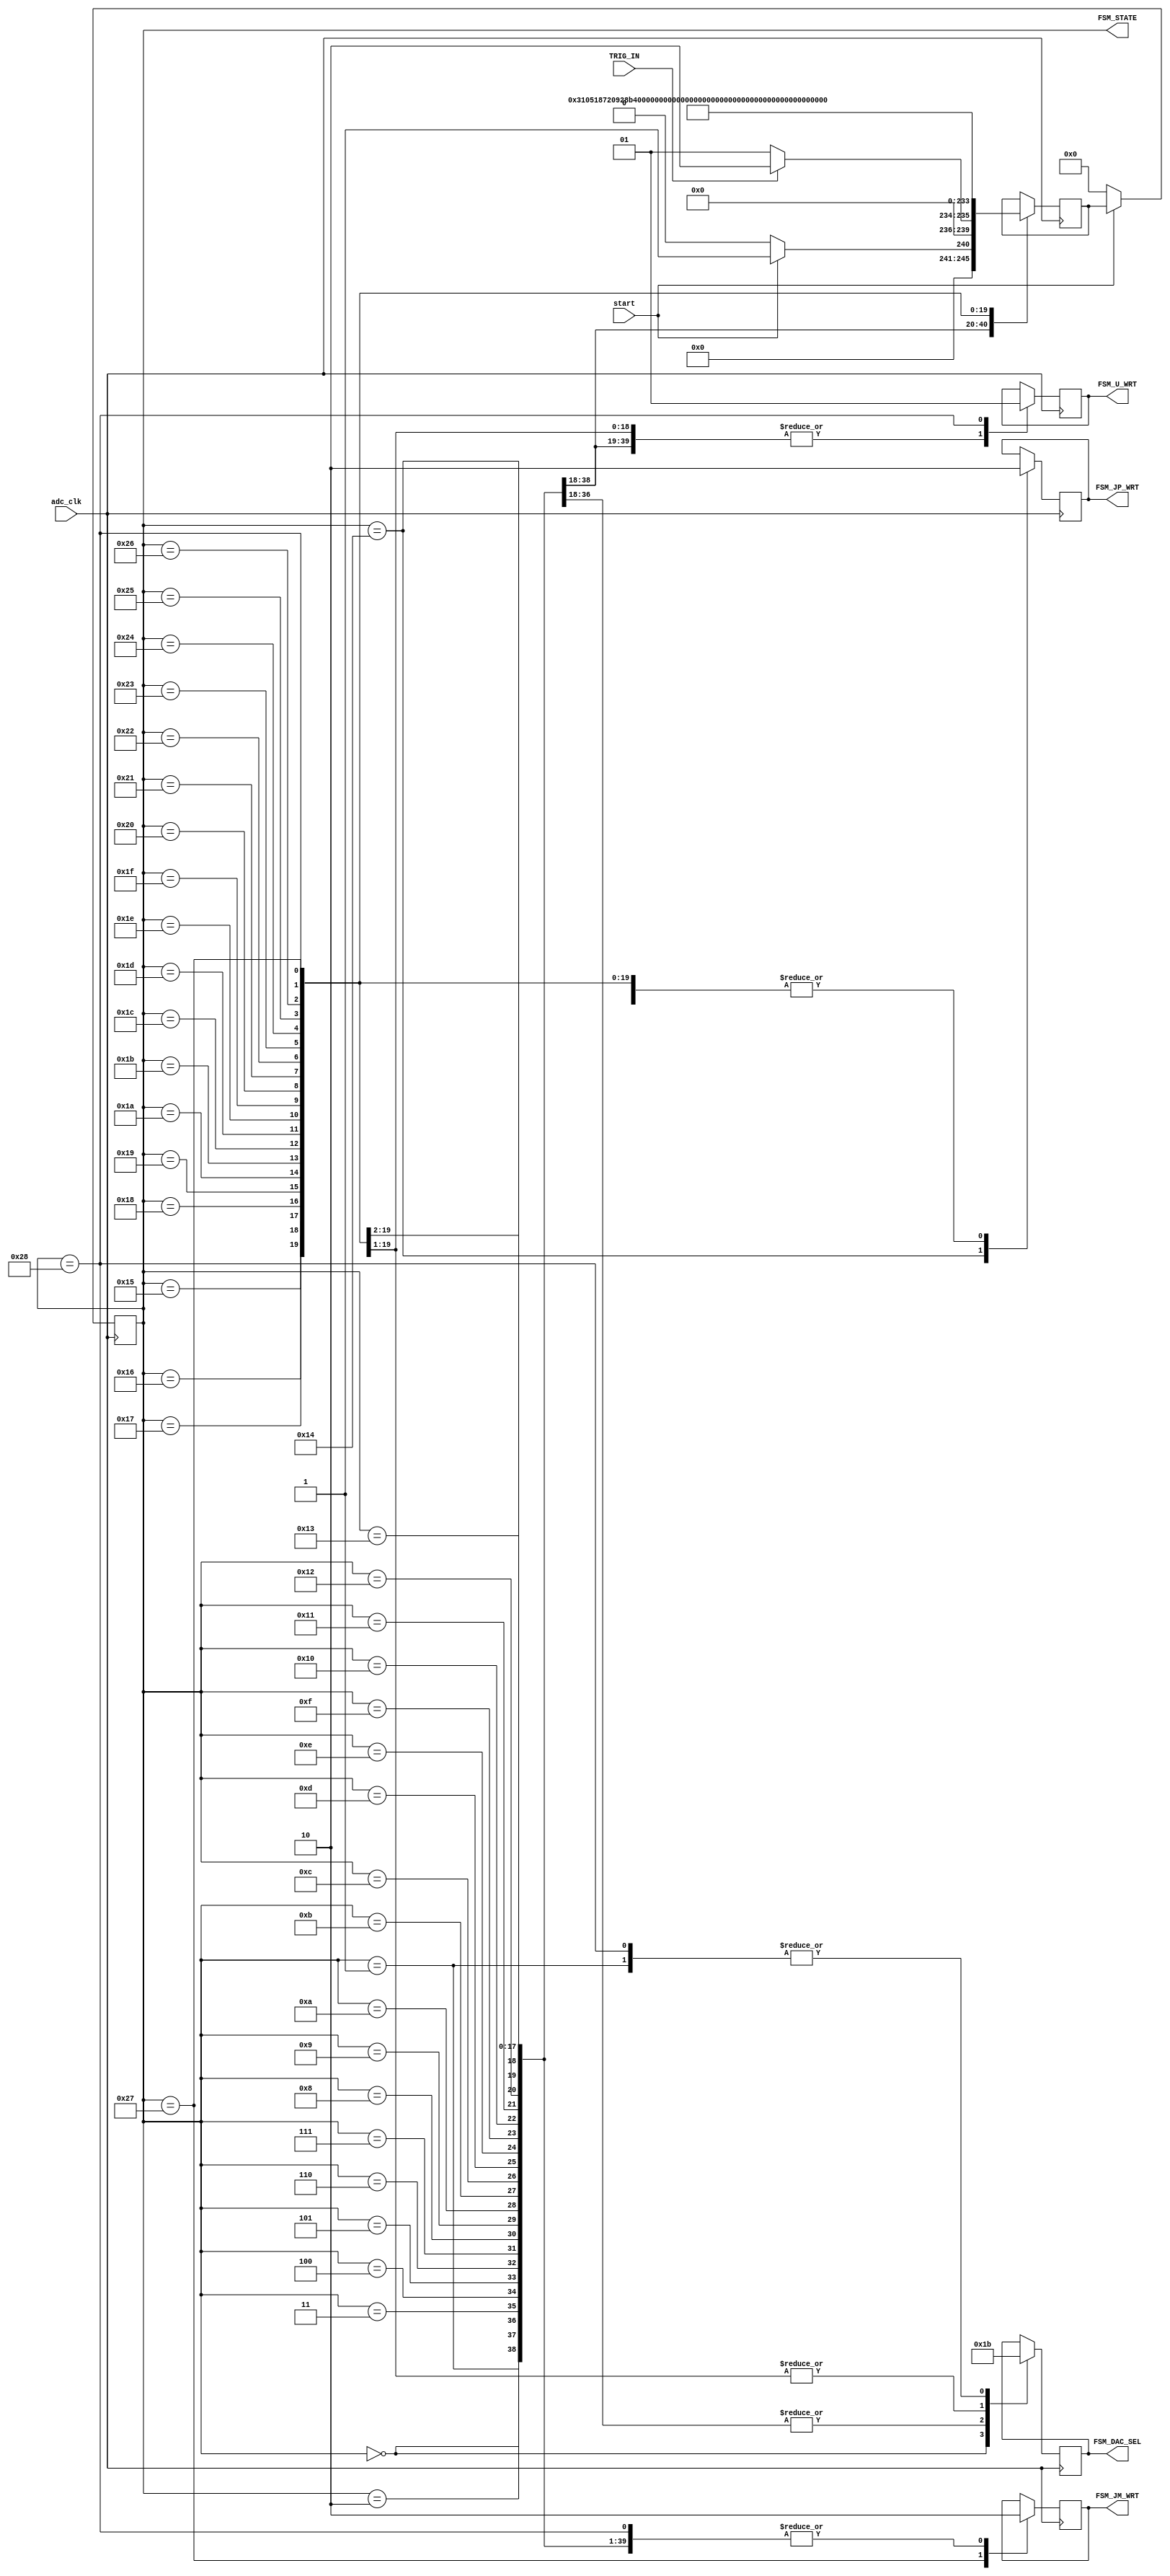
module new_FSM
(
    input wire TRIG_IN,
	input wire adc_clk,
	input wire start,
	output wire FSM_JP_WRT,
	output wire FSM_JM_WRT,
	output wire FSM_U_WRT,
	output wire [1:0] FSM_DAC_SEL,
	output wire [5:0] FSM_STATE
);

reg int_FSM_JP_WRT = 1'b0;
reg int_FSM_JM_WRT = 1'b0;
reg int_FSM_U_WRT = 1'b0;
reg [1:0] int_FSM_DAC_SEL = 2'b00;

reg [5:0] current_state;
reg [5:0] next_state;

assign FSM_STATE = current_state;
assign FSM_JP_WRT = int_FSM_JP_WRT;
assign FSM_JM_WRT = int_FSM_JM_WRT;
assign FSM_U_WRT = int_FSM_U_WRT;
assign FSM_DAC_SEL = int_FSM_DAC_SEL;


localparam [5:0]
	stopped = 6'b000000,
	trig_wait = 6'b000001,
	dac_wait_A_0 = 6'b000010,
	dac_wait_A_1 = 6'b000011,
	dac_wait_A_2 = 6'b000100,
	dac_wait_A_3 = 6'b000101,
	dac_wait_A_4 = 6'b000110,
	dac_wait_A_5 = 6'b000111,
	dac_wait_A_6 = 6'b001000,
	adc_wait_A_0 = 6'b001001,
	adc_wait_A_1 = 6'b001010,
	adc_wait_A_2 = 6'b001011,
	adc_wait_A_3 = 6'b001100,
	adc_wait_A_4 = 6'b001101,
	adc_wait_A_5 = 6'b001110,
	adc_wait_A_6 = 6'b001111,
	adc_wait_A_7 = 6'b010000,
	adc_wait_A_8 = 6'b010001,
	adc_wait_A_9 = 6'b010010,
	adc_wait_A_10 = 6'b010011,
	J_plus_write = 6'b010100,
	dac_wait_B_0 = 6'b010101,
	dac_wait_B_1 = 6'b010110,
	dac_wait_B_2 = 6'b010111,
	dac_wait_B_3 = 6'b011000,
	dac_wait_B_4 = 6'b011001,
	dac_wait_B_5 = 6'b011010,
	dac_wait_B_6 = 6'b011011,
	adc_wait_B_0 = 6'b011100,
	adc_wait_B_1 = 6'b011101,
	adc_wait_B_2 = 6'b011110,
	adc_wait_B_3 = 6'b011111,
	adc_wait_B_4 = 6'b100000,
	adc_wait_B_5 = 6'b100001,
	adc_wait_B_6 = 6'b100010,
	adc_wait_B_7 = 6'b100011,
	adc_wait_B_8 = 6'b100100,
	adc_wait_B_9 = 6'b100101,
	adc_wait_B_10 = 6'b100110,
	J_minus_write = 6'b100111,
	U_write = 6'b101000;	
	
	 
always @(posedge adc_clk)
begin
	if(~start)
	begin
		current_state <= stopped;
	end	
	else
	begin
		current_state <= next_state;
	end
end

always @(negedge adc_clk)
begin
	case (current_state)
		stopped: 
		begin
			int_FSM_JP_WRT = 1'b0;
			int_FSM_JM_WRT = 1'b0;
			int_FSM_U_WRT = 1'b0;
			int_FSM_DAC_SEL = 2'b00;
			if(start)
			begin
				next_state = trig_wait;
			end			
			else
			begin
				next_state = stopped;
			end		
		end
		trig_wait:
		begin
			int_FSM_JP_WRT = 1'b0;
			int_FSM_JM_WRT = 1'b0;
			int_FSM_U_WRT = 1'b0;
			int_FSM_DAC_SEL = 2'b11;
			if(TRIG_IN)
			begin
				next_state = dac_wait_A_0;
			end
			else
			begin
				next_state = trig_wait;
			end
		end
		dac_wait_A_0:
		begin
			int_FSM_JP_WRT = 1'b0;
			int_FSM_JM_WRT = 1'b0;
			int_FSM_U_WRT = 1'b0;
			int_FSM_DAC_SEL = 2'b01;
			next_state = dac_wait_A_1;
		end
		dac_wait_A_1:
		begin
			int_FSM_JP_WRT = 1'b0;
			int_FSM_JM_WRT = 1'b0;
			int_FSM_U_WRT = 1'b0;
			int_FSM_DAC_SEL = 2'b01;
			next_state = dac_wait_A_2;
		end
		dac_wait_A_2:
		begin
			int_FSM_JP_WRT = 1'b0;
			int_FSM_JM_WRT = 1'b0;
			int_FSM_U_WRT = 1'b0;
			int_FSM_DAC_SEL = 2'b01;
			next_state = dac_wait_A_3;
		end
		dac_wait_A_3:
		begin
			int_FSM_JP_WRT = 1'b0;
			int_FSM_JM_WRT = 1'b0;
			int_FSM_U_WRT = 1'b0;
			int_FSM_DAC_SEL = 2'b01;
			next_state = dac_wait_A_4;
		end
		dac_wait_A_4:
		begin
			int_FSM_JP_WRT = 1'b0;
			int_FSM_JM_WRT = 1'b0;
			int_FSM_U_WRT = 1'b0;
			int_FSM_DAC_SEL = 2'b01;
			next_state = dac_wait_A_5;
		end
		dac_wait_A_5:
		begin
			int_FSM_JP_WRT = 1'b0;
			int_FSM_JM_WRT = 1'b0;
			int_FSM_U_WRT = 1'b0;
			int_FSM_DAC_SEL = 2'b01;
			next_state = dac_wait_A_6;
		end
		dac_wait_A_6:
		begin
			int_FSM_JP_WRT = 1'b0;
			int_FSM_JM_WRT = 1'b0;
			int_FSM_U_WRT = 1'b0;
			int_FSM_DAC_SEL = 2'b01;
			next_state = adc_wait_A_0;
		end
		adc_wait_A_0:
		begin
			int_FSM_JP_WRT = 1'b0;
			int_FSM_JM_WRT = 1'b0;
			int_FSM_U_WRT = 1'b0;
			int_FSM_DAC_SEL = 2'b01;
			next_state = adc_wait_A_1;
		end
		adc_wait_A_1:
		begin
			int_FSM_JP_WRT = 1'b0;
			int_FSM_JM_WRT = 1'b0;
			int_FSM_U_WRT = 1'b0;
			int_FSM_DAC_SEL = 2'b01;
			next_state = adc_wait_A_2;
		end
		adc_wait_A_2:
		begin
			int_FSM_JP_WRT = 1'b0;
			int_FSM_JM_WRT = 1'b0;
			int_FSM_U_WRT = 1'b0;
			int_FSM_DAC_SEL = 2'b01;
			next_state = adc_wait_A_3;
		end
		adc_wait_A_3:
		begin
			int_FSM_JP_WRT = 1'b0;
			int_FSM_JM_WRT = 1'b0;
			int_FSM_U_WRT = 1'b0;
			int_FSM_DAC_SEL = 2'b01;
			next_state = adc_wait_A_4;
		end
		adc_wait_A_4:
		begin
			int_FSM_JP_WRT = 1'b0;
			int_FSM_JM_WRT = 1'b0;
			int_FSM_U_WRT = 1'b0;
			int_FSM_DAC_SEL = 2'b01;
			next_state = adc_wait_A_5;
		end
		adc_wait_A_5:
		begin
			int_FSM_JP_WRT = 1'b0;
			int_FSM_JM_WRT = 1'b0;
			int_FSM_U_WRT = 1'b0;
			int_FSM_DAC_SEL = 2'b01;
			next_state = adc_wait_A_6;
		end
		adc_wait_A_6:
		begin
			int_FSM_JP_WRT = 1'b0;
			int_FSM_JM_WRT = 1'b0;
			int_FSM_U_WRT = 1'b0;
			int_FSM_DAC_SEL = 2'b01;
			next_state = adc_wait_A_7;
		end
		adc_wait_A_7:
		begin
			int_FSM_JP_WRT = 1'b0;
			int_FSM_JM_WRT = 1'b0;
			int_FSM_U_WRT = 1'b0;
			int_FSM_DAC_SEL = 2'b01;
			next_state = adc_wait_A_8;
		end
		adc_wait_A_8:
		begin
			int_FSM_JP_WRT = 1'b0;
			int_FSM_JM_WRT = 1'b0;
			int_FSM_U_WRT = 1'b0;
			int_FSM_DAC_SEL = 2'b01;
			next_state = adc_wait_A_9;
		end
		adc_wait_A_9:
		begin
			int_FSM_JP_WRT = 1'b0;
			int_FSM_JM_WRT = 1'b0;
			int_FSM_U_WRT = 1'b0;
			int_FSM_DAC_SEL = 2'b01;
			next_state = adc_wait_A_10;
		end
		adc_wait_A_10:
		begin
			int_FSM_JP_WRT = 1'b0;
			int_FSM_JM_WRT = 1'b0;
			int_FSM_U_WRT = 1'b0;
			int_FSM_DAC_SEL = 2'b01;
			next_state = J_plus_write;
		end
		J_plus_write:
		begin
			int_FSM_JP_WRT = 1'b1;
			int_FSM_JM_WRT = 1'b0;
			int_FSM_U_WRT = 1'b0;
			int_FSM_DAC_SEL = 2'b01;
			next_state = dac_wait_B_0;
		end
		dac_wait_B_0:
		begin
			int_FSM_JP_WRT = 1'b0;
			int_FSM_JM_WRT = 1'b0;
			int_FSM_U_WRT = 1'b0;
			int_FSM_DAC_SEL = 2'b10;
			next_state = dac_wait_B_1;
		end
		dac_wait_B_1:
		begin
			int_FSM_JP_WRT = 1'b0;
			int_FSM_JM_WRT = 1'b0;
			int_FSM_U_WRT = 1'b0;
			int_FSM_DAC_SEL = 2'b10;
			next_state = dac_wait_B_2;
		end
		dac_wait_B_2:
		begin
			int_FSM_JP_WRT = 1'b0;
			int_FSM_JM_WRT = 1'b0;
			int_FSM_U_WRT = 1'b0;
			int_FSM_DAC_SEL = 2'b10;
			next_state = dac_wait_B_3;
		end
		dac_wait_B_3:
		begin
			int_FSM_JP_WRT = 1'b0;
			int_FSM_JM_WRT = 1'b0;
			int_FSM_U_WRT = 1'b0;
			int_FSM_DAC_SEL = 2'b10;
			next_state = dac_wait_B_4;
		end
		dac_wait_B_4:
		begin
			int_FSM_JP_WRT = 1'b0;
			int_FSM_JM_WRT = 1'b0;
			int_FSM_U_WRT = 1'b0;
			int_FSM_DAC_SEL = 2'b10;
			next_state = dac_wait_B_5;
		end
		dac_wait_B_5:
		begin
			int_FSM_JP_WRT = 1'b0;
			int_FSM_JM_WRT = 1'b0;
			int_FSM_U_WRT = 1'b0;
			int_FSM_DAC_SEL = 2'b10;
			next_state = dac_wait_B_6;
		end
		dac_wait_B_6:
		begin
			int_FSM_JP_WRT = 1'b0;
			int_FSM_JM_WRT = 1'b0;
			int_FSM_U_WRT = 1'b0;
			int_FSM_DAC_SEL = 2'b10;
			next_state = adc_wait_B_0;
		end
		adc_wait_B_0:
		begin
			int_FSM_JP_WRT = 1'b0;
			int_FSM_JM_WRT = 1'b0;
			int_FSM_U_WRT = 1'b0;
			int_FSM_DAC_SEL = 2'b10;
			next_state = adc_wait_B_1;
		end
		adc_wait_B_1:
		begin
			int_FSM_JP_WRT = 1'b0;
			int_FSM_JM_WRT = 1'b0;
			int_FSM_U_WRT = 1'b0;
			int_FSM_DAC_SEL = 2'b10;
			next_state = adc_wait_B_2;
		end
		adc_wait_B_2:
		begin
			int_FSM_JP_WRT = 1'b0;
			int_FSM_JM_WRT = 1'b0;
			int_FSM_U_WRT = 1'b0;
			int_FSM_DAC_SEL = 2'b10;
			next_state = adc_wait_B_3;
		end
		adc_wait_B_3:
		begin
			int_FSM_JP_WRT = 1'b0;
			int_FSM_JM_WRT = 1'b0;
			int_FSM_U_WRT = 1'b0;
			int_FSM_DAC_SEL = 2'b10;
			next_state = adc_wait_B_4;
		end
		adc_wait_B_4:
		begin
			int_FSM_JP_WRT = 1'b0;
			int_FSM_JM_WRT = 1'b0;
			int_FSM_U_WRT = 1'b0;
			int_FSM_DAC_SEL = 2'b10;
			next_state = adc_wait_B_5;
		end
		adc_wait_B_5:
		begin
			int_FSM_JP_WRT = 1'b0;
			int_FSM_JM_WRT = 1'b0;
			int_FSM_U_WRT = 1'b0;
			int_FSM_DAC_SEL = 2'b10;
			next_state = adc_wait_B_6;
		end
		adc_wait_B_6:
		begin
			int_FSM_JP_WRT = 1'b0;
			int_FSM_JM_WRT = 1'b0;
			int_FSM_U_WRT = 1'b0;
			int_FSM_DAC_SEL = 2'b10;
			next_state = adc_wait_B_7;
		end
		adc_wait_B_7:
		begin
			int_FSM_JP_WRT = 1'b0;
			int_FSM_JM_WRT = 1'b0;
			int_FSM_U_WRT = 1'b0;
			int_FSM_DAC_SEL = 2'b10;
			next_state = adc_wait_B_8;
		end
		adc_wait_B_8:
		begin
			int_FSM_JP_WRT = 1'b0;
			int_FSM_JM_WRT = 1'b0;
			int_FSM_U_WRT = 1'b0;
			int_FSM_DAC_SEL = 2'b10;
			next_state = adc_wait_B_9;
		end
		adc_wait_B_9:
		begin
			int_FSM_JP_WRT = 1'b0;
			int_FSM_JM_WRT = 1'b0;
			int_FSM_U_WRT = 1'b0;
			int_FSM_DAC_SEL = 2'b10;
			next_state = adc_wait_B_10;
		end
		adc_wait_B_10:
		begin
			int_FSM_JP_WRT = 1'b0;
			int_FSM_JM_WRT = 1'b0;
			int_FSM_U_WRT = 1'b0;
			int_FSM_DAC_SEL = 2'b10;
			next_state = J_minus_write;
		end
		J_minus_write:
		begin
			int_FSM_JP_WRT = 1'b0;
			int_FSM_JM_WRT = 1'b1;
			int_FSM_U_WRT = 1'b0;
			int_FSM_DAC_SEL = 2'b10;
			next_state = U_write;
		end
		U_write:
		begin
			int_FSM_JP_WRT = 1'b0;
			int_FSM_JM_WRT = 1'b0;
			int_FSM_U_WRT = 1'b1;
			int_FSM_DAC_SEL = 2'b11;
			next_state = trig_wait;
		end
		default:
		begin
			next_state = next_state;
		end
	endcase
end

endmodule